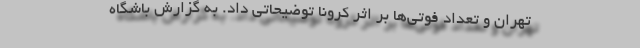
تهران و تعداد فوتی‌ها بر اثر کرونا توضیحاتی داد. به گزارش باشگاه